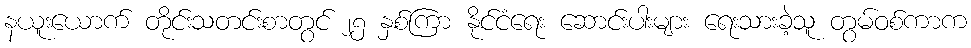
နယူးယောက် တိုင်းသတင်းစာတွင် ၂၅ နှစ်ကြာ နိုင်ငံရေး ဆောင်းပါးများ ရေးသားခဲ့သူ တွမ်ဝစ်ကာက